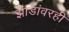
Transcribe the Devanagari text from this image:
झाडांवरही